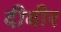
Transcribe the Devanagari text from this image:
दीवीर